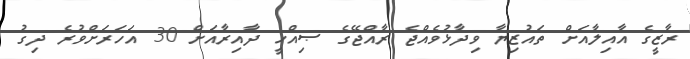
ރާޒީގެ އާއިލާއަށް ތައުޒިޔާ ވިދާޅުވެއްޖެ ރާއްޖޭގެ ޞިއްހީ ދާއިރާއަށް 30 އަހަރަށްވުރެ ދިގު